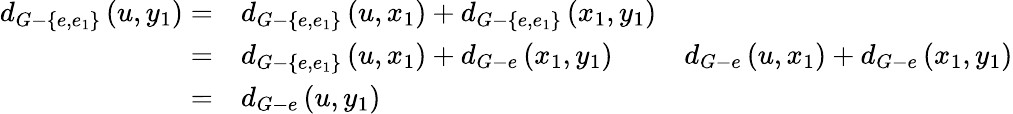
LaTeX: \begin{array}{rlr}{d_{G-\{ e,e_{1}\} }\left(u,y_{1}\right)=}&{d_{G-\{ e,e_{1}\} }\left(u,x_{1}\right)+d_{G-\{ e,e_{1}\} }\left(x_{1},y_{1}\right)}\\ {=}&{d_{G-\{ e,e_{1}\} }\left(u,x_{1}\right)+d_{G-e}\left(x_{1},y_{1}\right)\ }&{d_{G-e}\left(u,x_{1}\right)+d_{G-e}\left(x_{1},y_{1}\right)}\\ {=}&{d_{G-e}\left(u,y_{1}\right)}\end{array}